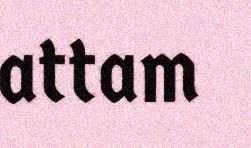
attam